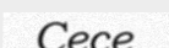
Cece